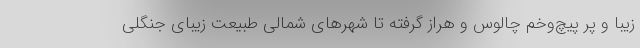
زیبا و پر پیچ‌وخم چالوس و هراز گرفته تا شهرهای شمالی طبیعت زیبای جنگلی